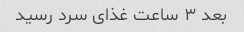
بعد ۳ ساعت غذای سرد رسید